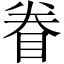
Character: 眷